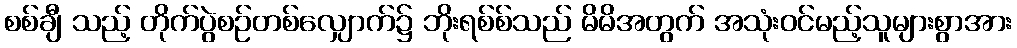
စစ်ချီ သည့် တိုက်ပွဲစဉ်တစ်လျှောက်၌ ဘိုးရစ်စ်သည် မိမိအတွက် အသုံးဝင်မည့်သူများစွာအား